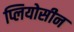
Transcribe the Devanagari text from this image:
प्लियोसीन